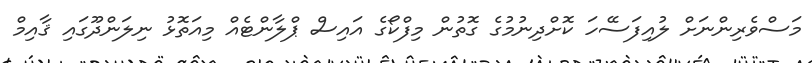
މަސްވެރިންނަށް ލުއިފަސޭހަ ކޮށްދިނުމުގެ ގޮތުން މިފްކޯގެ އައިސް ޕްލާންޓެއް މިއަތޮޅު ނިލަންދޫގައި ޤާއިމް